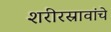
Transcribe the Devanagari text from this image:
शरीरस्रावांचे